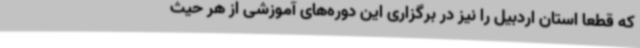
که قطعا استان اردبیل را نیز در برگزاری این دوره‌های آموزشی از هر حیث